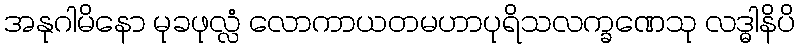
အနုဂါမိနော မုခဖုလ္လံ လောကာယတမဟာပုရိသလက္ခဏေသု လဒ္ဓါနိပိ